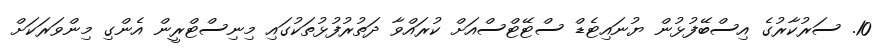
10. ސަރުކާރުގެ އިސްބޭފުޅުން ޔުނައިޓެޑް ސްޓޭޓްސްއަށް ކުރައްވާ ދަތުރުފުޅުތަކުގައި މިނިސްޓްރީން އެންގި މިންވަރަކަށް